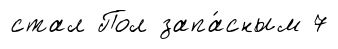
стал Пол запа́сным 7